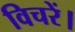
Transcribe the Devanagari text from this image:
विचरें।